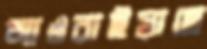
আওরাইয়াছে